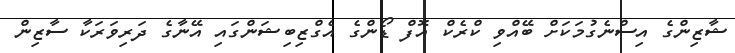
ޝާޒިންގެ އިސްނެގުމަކަށް ބޭއްވި ކްރެކް އޮފް ޑޯންގެ އެގްޒިބިޝަންގައި އޭނާގެ ދަރިވަރަކާ ސާޒިން